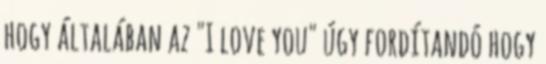
hogy általában az "I love you" úgy fordítandó hogy